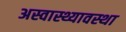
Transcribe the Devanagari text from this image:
अस्वास्थ्यावस्था